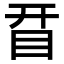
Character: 𥅝